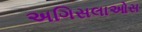
અગિસલાઓસ